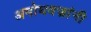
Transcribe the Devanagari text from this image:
अमोघवज्रांनी